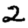
Digit: 2